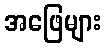
အဖြေများ